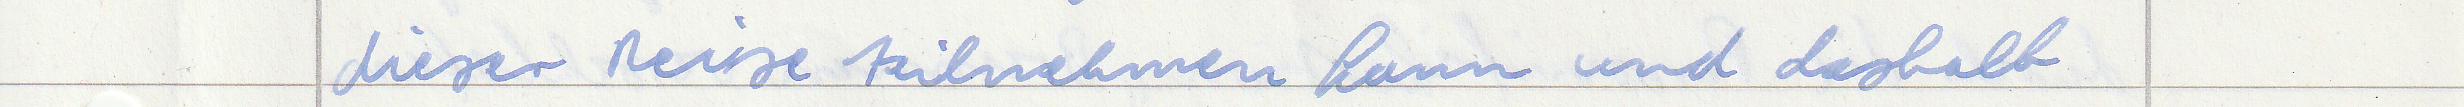
dieser Reise teilnehmen kann und deshalb